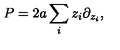
P = 2 a \sum _ { i } z _ { i } \partial _ { z _ { i } } ,